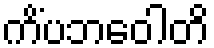
ကိံပဘဝေါတိ